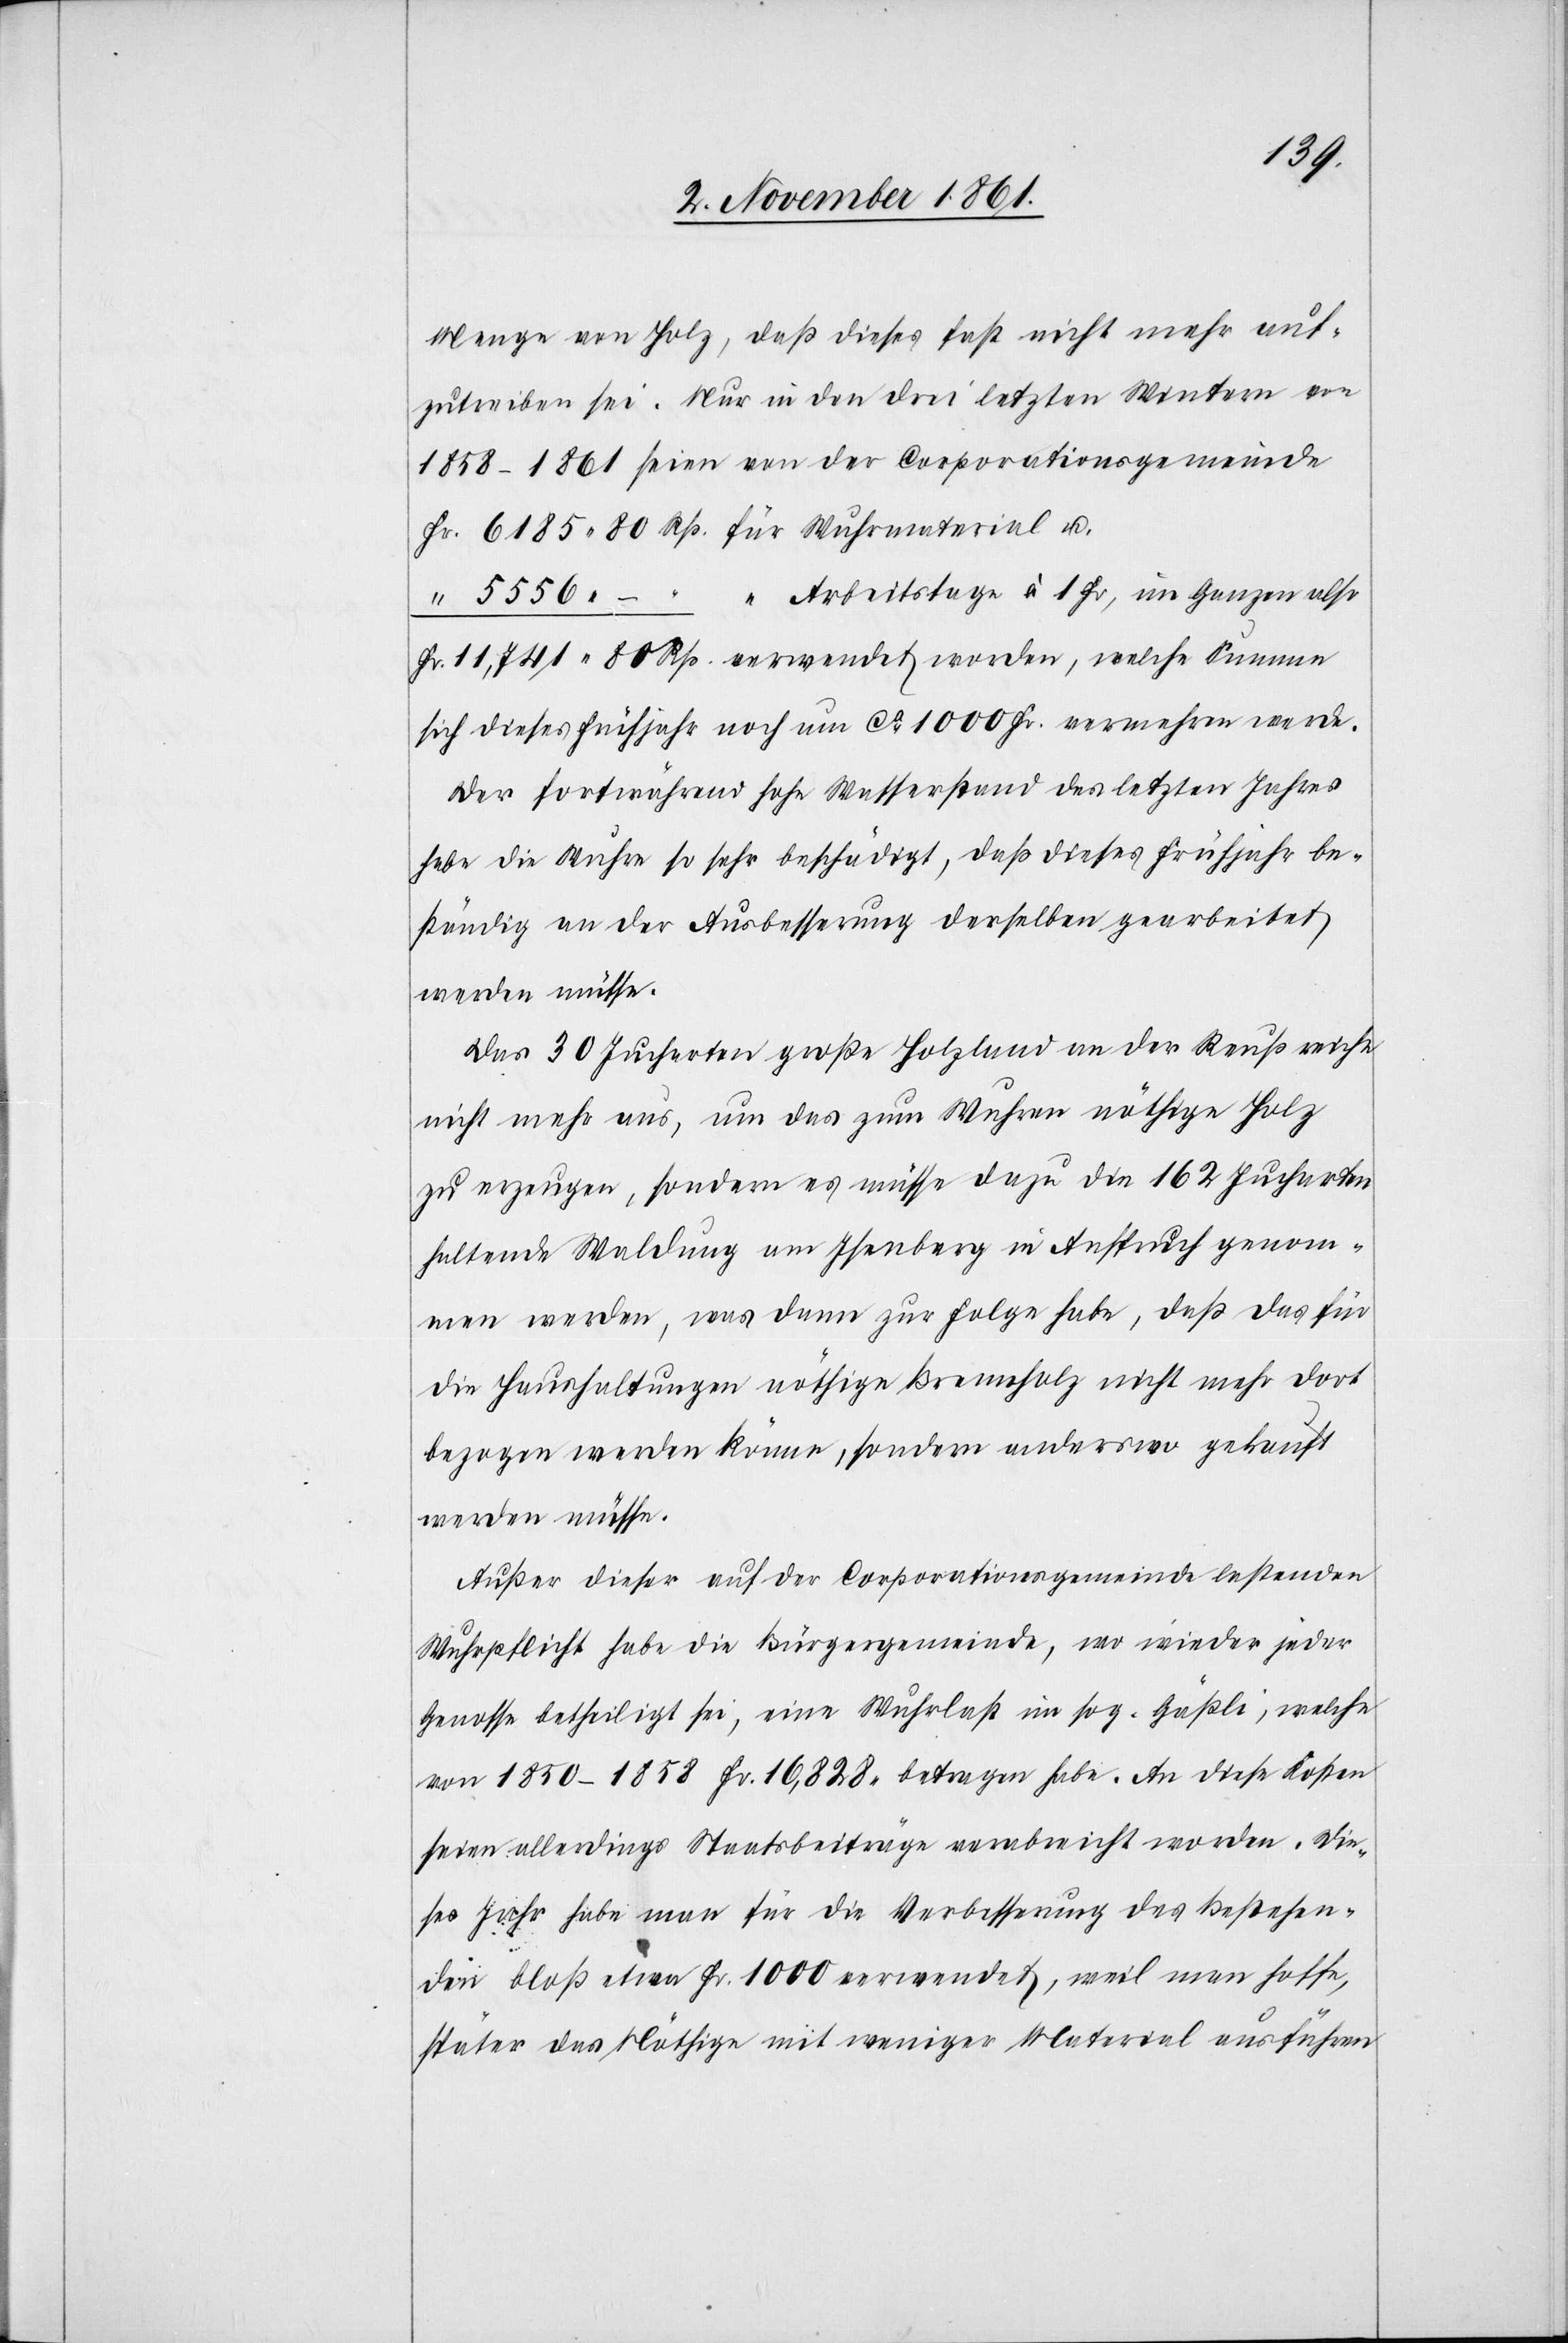
Menge von Holz, daß dieses fast nicht mehr auf¬
zuschreiben sei. Nur in den drei letzten Wintern von
1858–1861 seien von der Corporationsgemeinde
Fr. 6185. 80 Rp. für Wuhrmaterial u.
“	 5556. – “ “ Arbeitstage à 1 Fr., im Ganzen also
Fr. 11,741. 80 Rp. verwendet worden, welche Summe
sich dieses Frühjahr noch um ca 1000 Fr. vermehren werde.
Der fortwährend hohe Wasserstand des letzten Jahres
habe die Wuhre so sehr beschädigt, daß dieses Frühjahr be¬
ständig an der Ausbesserung derselben gearbeitet
werden müsse.
Das 30 Jucharten große Holzland an der Reuß reiche
nicht mehr aus, um das zum Wuhren nöthige Holz
zu erzeugen, sondern es müsse dazu die 162 Jucharten
haltende Waldung am Isenberg in Anspruch genom¬
men werden, was dann zur Folge habe, daß das für
die Haushaltungen nöthige Brennholz nicht mehr dort
bezogen werden könne, sondern anderswo gekauft
werden müsse.
Außer dieser auf der Corporationsgemeinde lastenden
Wuhrpflicht habe die Bürgergemeinde, wo wieder jeder
Genosse betheiligt sei, eine Wuhrlast im sog. Gäßli, welche
von 1850–1858 Fr. 16,828 betragen habe. An diese Kosten
seien allerdings Staatsbeiträge verabreicht worden. Die¬
ses Jahr habe man für die Verbesserung des bestehen¬
den bloß etwa Fr. 1000 verwendet, weil man hoffe,
später das Nöthige mit weniger Material ausführen